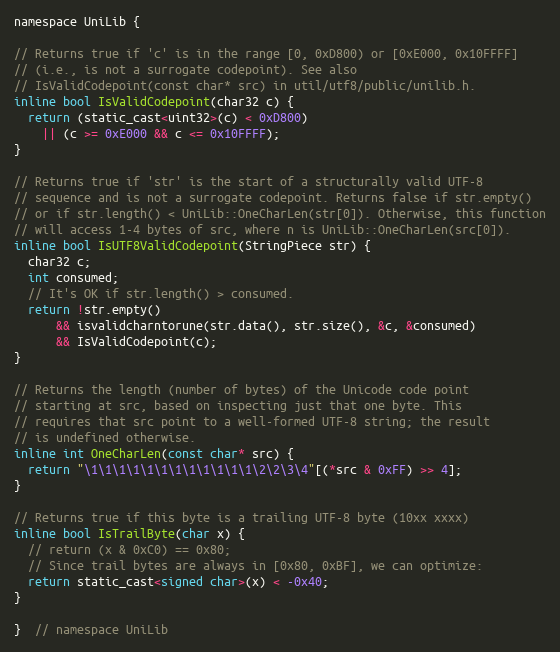
Language: C
namespace UniLib {

// Returns true if 'c' is in the range [0, 0xD800) or [0xE000, 0x10FFFF]
// (i.e., is not a surrogate codepoint). See also
// IsValidCodepoint(const char* src) in util/utf8/public/unilib.h.
inline bool IsValidCodepoint(char32 c) {
  return (static_cast<uint32>(c) < 0xD800)
    || (c >= 0xE000 && c <= 0x10FFFF);
}

// Returns true if 'str' is the start of a structurally valid UTF-8
// sequence and is not a surrogate codepoint. Returns false if str.empty()
// or if str.length() < UniLib::OneCharLen(str[0]). Otherwise, this function
// will access 1-4 bytes of src, where n is UniLib::OneCharLen(src[0]).
inline bool IsUTF8ValidCodepoint(StringPiece str) {
  char32 c;
  int consumed;
  // It's OK if str.length() > consumed.
  return !str.empty()
      && isvalidcharntorune(str.data(), str.size(), &c, &consumed)
      && IsValidCodepoint(c);
}

// Returns the length (number of bytes) of the Unicode code point
// starting at src, based on inspecting just that one byte. This
// requires that src point to a well-formed UTF-8 string; the result
// is undefined otherwise.
inline int OneCharLen(const char* src) {
  return "\1\1\1\1\1\1\1\1\1\1\1\1\2\2\3\4"[(*src & 0xFF) >> 4];
}

// Returns true if this byte is a trailing UTF-8 byte (10xx xxxx)
inline bool IsTrailByte(char x) {
  // return (x & 0xC0) == 0x80;
  // Since trail bytes are always in [0x80, 0xBF], we can optimize:
  return static_cast<signed char>(x) < -0x40;
}

}  // namespace UniLib